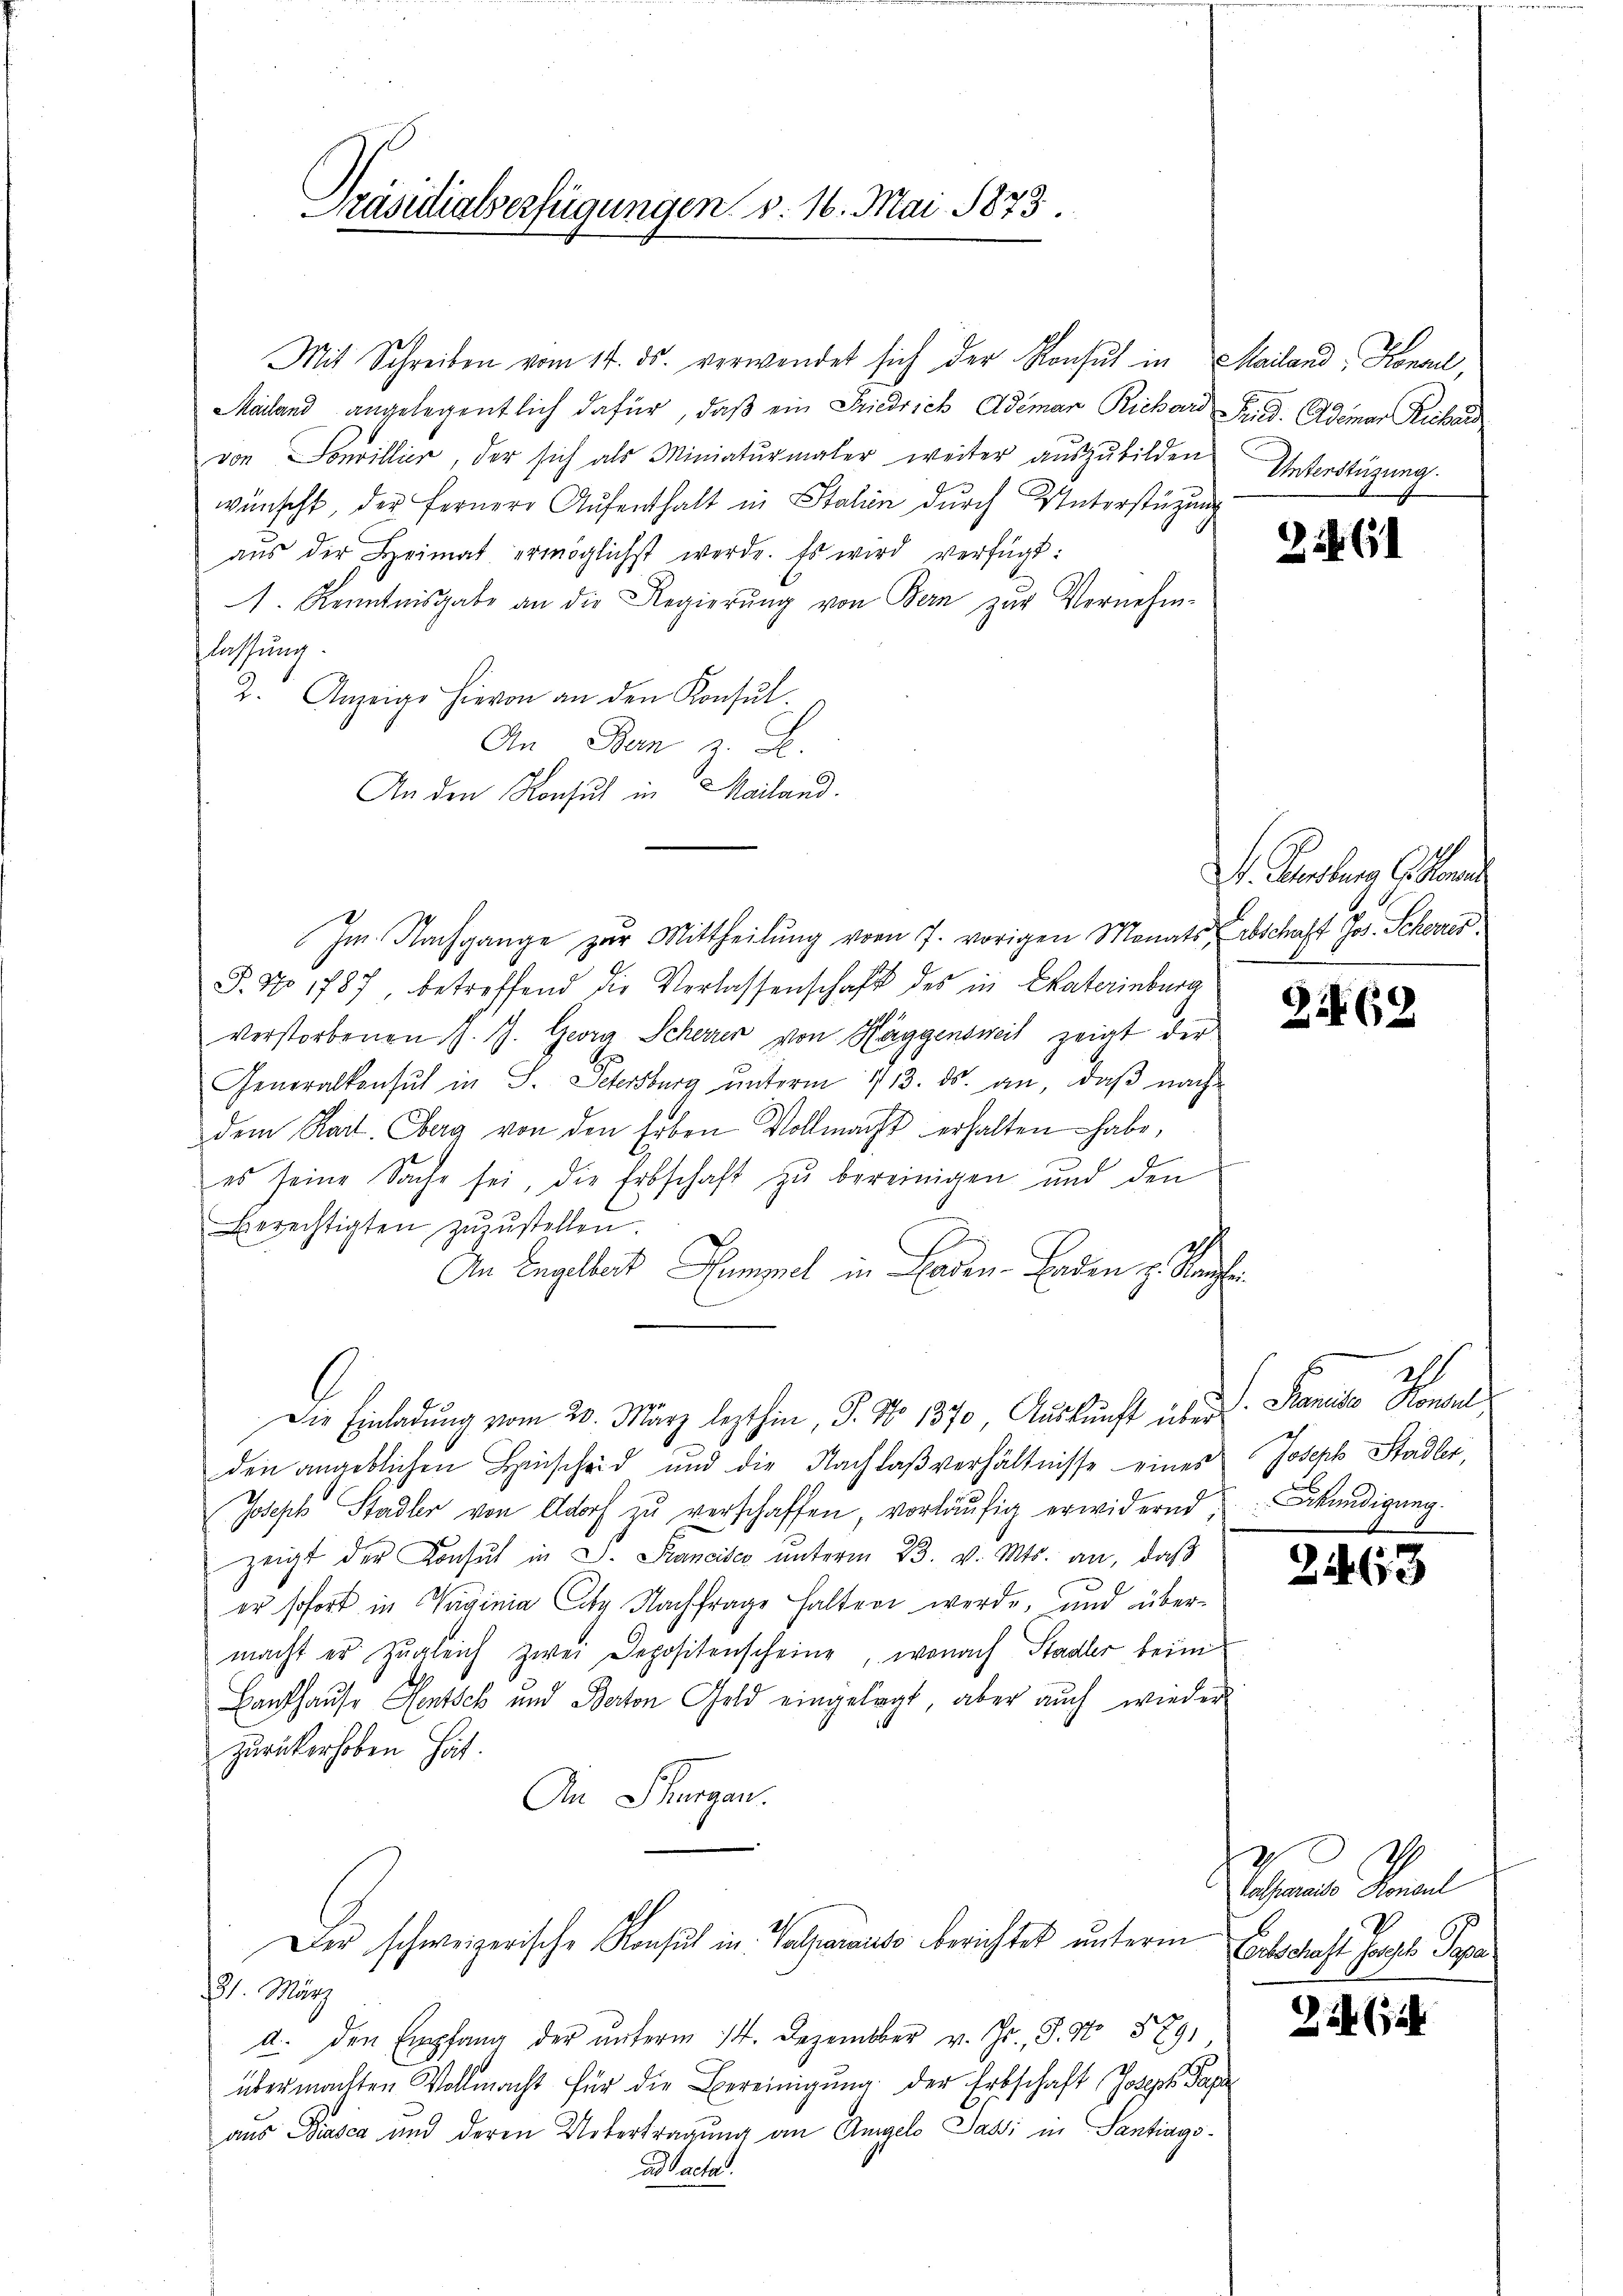
Präsidialverfügungen d. 16. Mai 1873.

Mit Schreiben vom 14. ds. verwendet sich der Konsul in Mailand, Konsul,
Mailand angelegentlich dafür, daβ ein Friedrich Ademar Richard Fried. Ademar Richard
von Sonvillier, der sich als Miniatŭrmaler weiter aŭszŭbilden
wünscht, der fernere Aŭfenthalt in Stalien dŭrch Unterstüzung
aŭs der Heimat ermöglichst werde. Es wird verfügt:
A. Kenntnisgabe an die Regierŭng von Bern zur Vernehm-
lassung.
2. Anzeige hievon an den Konsŭl-
An Bern z. B.
An den Konsul in Mailand.
Im Nachgange zur Mittheilung vom 7. vorigen Monats Abschaft Jos. Schores
T. No 1787 betreffend die Verlassenschaft des in Paterinburg
verstorbenen J. J. Georg Schöner von Häggensweil zeigt der
Generalkonsul in S. Schersburg ŭnterm 113. ds. an, daβ nach-
dem Radt. Oberg von den Erben Vollmacht erhalten habe,
es seine Sache sei, die Erbschaft zŭ bereinigen und den
Berechtigten zŭzŭstellen.
t
An Engelbert Rumpel in Baden Enden p. Kanzlei
Die Einladung vom 20. März lezthin, S. No 1370, Auskunft über L. Stanisa Homol
den angeblichen Hinscheid und die Nachlaβ verhältnisse eines Joseph Stadler,
Joseph Stadler von Adorf zu verschaffen, vorläufig erwidernd
zeigt der Konsul in L. Strancisca ŭnterm 23. v. Mts. an, daß
er sofort in Vaginia Cag Nachfrage halten werde, und übermacht er Zŭgleich zwei Depositenscheine, wonach Stadler beim
Baufhause Sentsch und Berton Geld eingelegt, aber auch wieder
zurückerhoben hat.
An Thurgau.
Der schweizerische Konsul in Valjanauso berichtet unterm
7. März
a. den Empfang der ŭnterm 14. Dezember v. Js., S. Nr. 589,
übermachten Vollmacht für die Bereinigung der Erbschaft Joseph Papr
aus Diasca und deren Untertragung an Angelo Passi in Santiagsad acta.

Interstüzung.
s

2. 61

F. Gebung Glarus

2462

Erkundigung.

2

63

I
Schmals densel
Entschaft Hasel Papa

22 (12